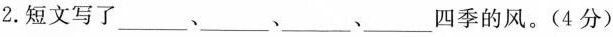
2.短文写了___、___、___、___四季的风。(4分)